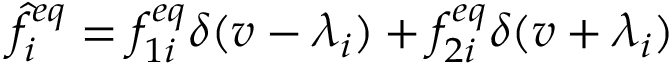
\hat { f } _ { i } ^ { e q } = f _ { 1 i } ^ { e q } \delta ( v - \lambda _ { i } ) + f _ { 2 i } ^ { e q } \delta ( v + \lambda _ { i } )